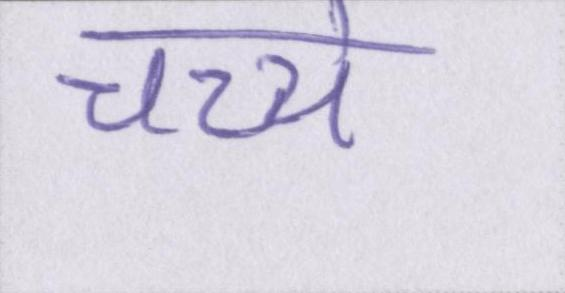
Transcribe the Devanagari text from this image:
चच्चे